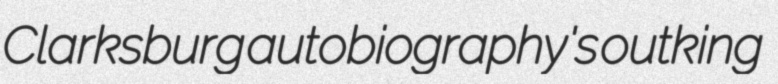
Clarksburg autobiography's outking